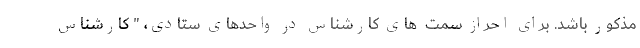
مذکور باشد. برای احراز سمت  های کارشناس در واحدهای ستادی، " کارشناس